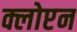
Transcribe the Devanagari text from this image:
क्लोप्टन